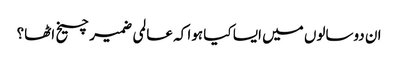
ان دوسالوں میں ایسا کیا ہوا کہ عالمی ضمیر چیخ اٹھا؟